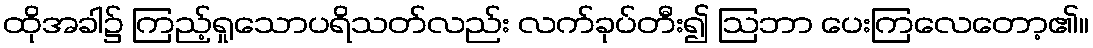
ထိုအခါ၌ ကြည့်ရှုသောပရိသတ်လည်း လက်ခုပ်တီး၍ ဩဘာ ပေးကြလေတော့၏။